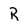
Character: R